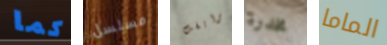
كما مسلسل برايفت مخدرة الماما